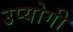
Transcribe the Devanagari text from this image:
उप्योगी